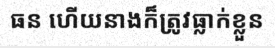
ធន ហើយនាងក៏ត្រូវធ្លាក់ខ្លួន